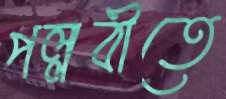
পল্লবীতে